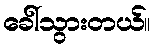
ခေါ်သွားတယ်။